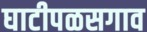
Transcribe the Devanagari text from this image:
घाटीपळसगाव